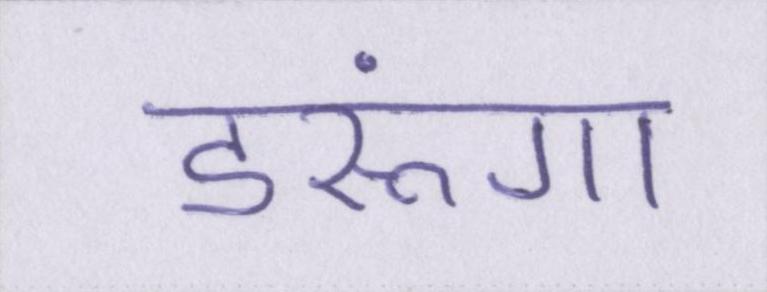
डरूंगा